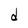
Character: d